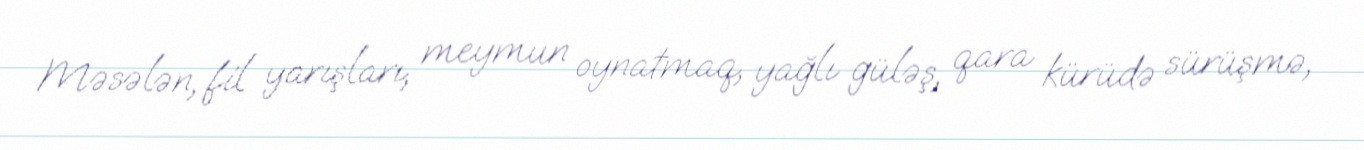
Məsələn, fil yarışları, meymun oynatmaq, yağlı güləş, qara kürüdə sürüşmə,